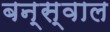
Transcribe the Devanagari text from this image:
बन्स्वाल